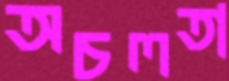
অচলতা